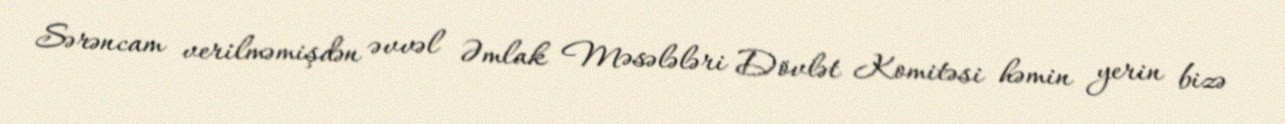
Sərəncam verilməmişdən əvvəl Əmlak Məsələləri Dövlət Komitəsi həmin yerin bizə